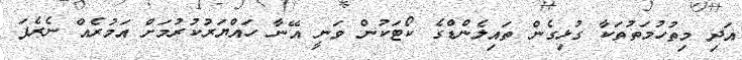
އަދި މިތުހުމަތުތަކާ ގުޅިގެން ތައިލެންޑްގެ ކޯޓަކުން ވަނީ އޭނާ ހައްޔަރުކުރުމަށް އަމުރެއް ނެރެފަ